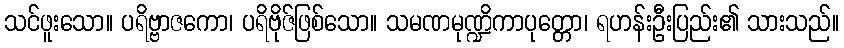
သင်ဖူးသော။ ပရိဗ္ဗာဇကော၊ ပရိဗိုဇ်ဖြစ်သော။ သမဏမုဏ္ဍိကာပုတ္တော၊ ရဟန်းဦးပြည်း၏ သားသည်။